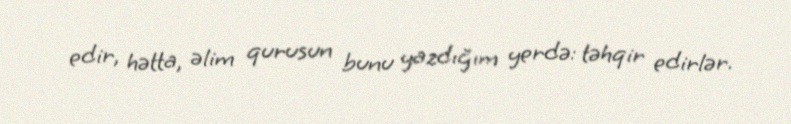
edir, hətta, əlim qurusun bunu yazdığım yerdə: təhqir edirlər.